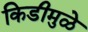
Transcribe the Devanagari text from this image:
किडीमुळे